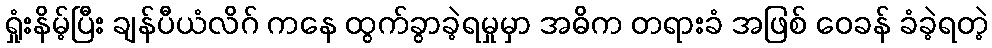
ရှုံးနိမ့်ပြီး ချန်ပီယံလိဂ် ကနေ ထွက်ခွာခဲ့ရမှုမှာ အဓိက တရားခံ အဖြစ် ဝေခန် ခံခဲ့ရတဲ့